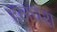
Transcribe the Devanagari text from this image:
हलधरा